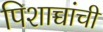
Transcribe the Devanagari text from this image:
पिशाच्चांची